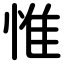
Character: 惟